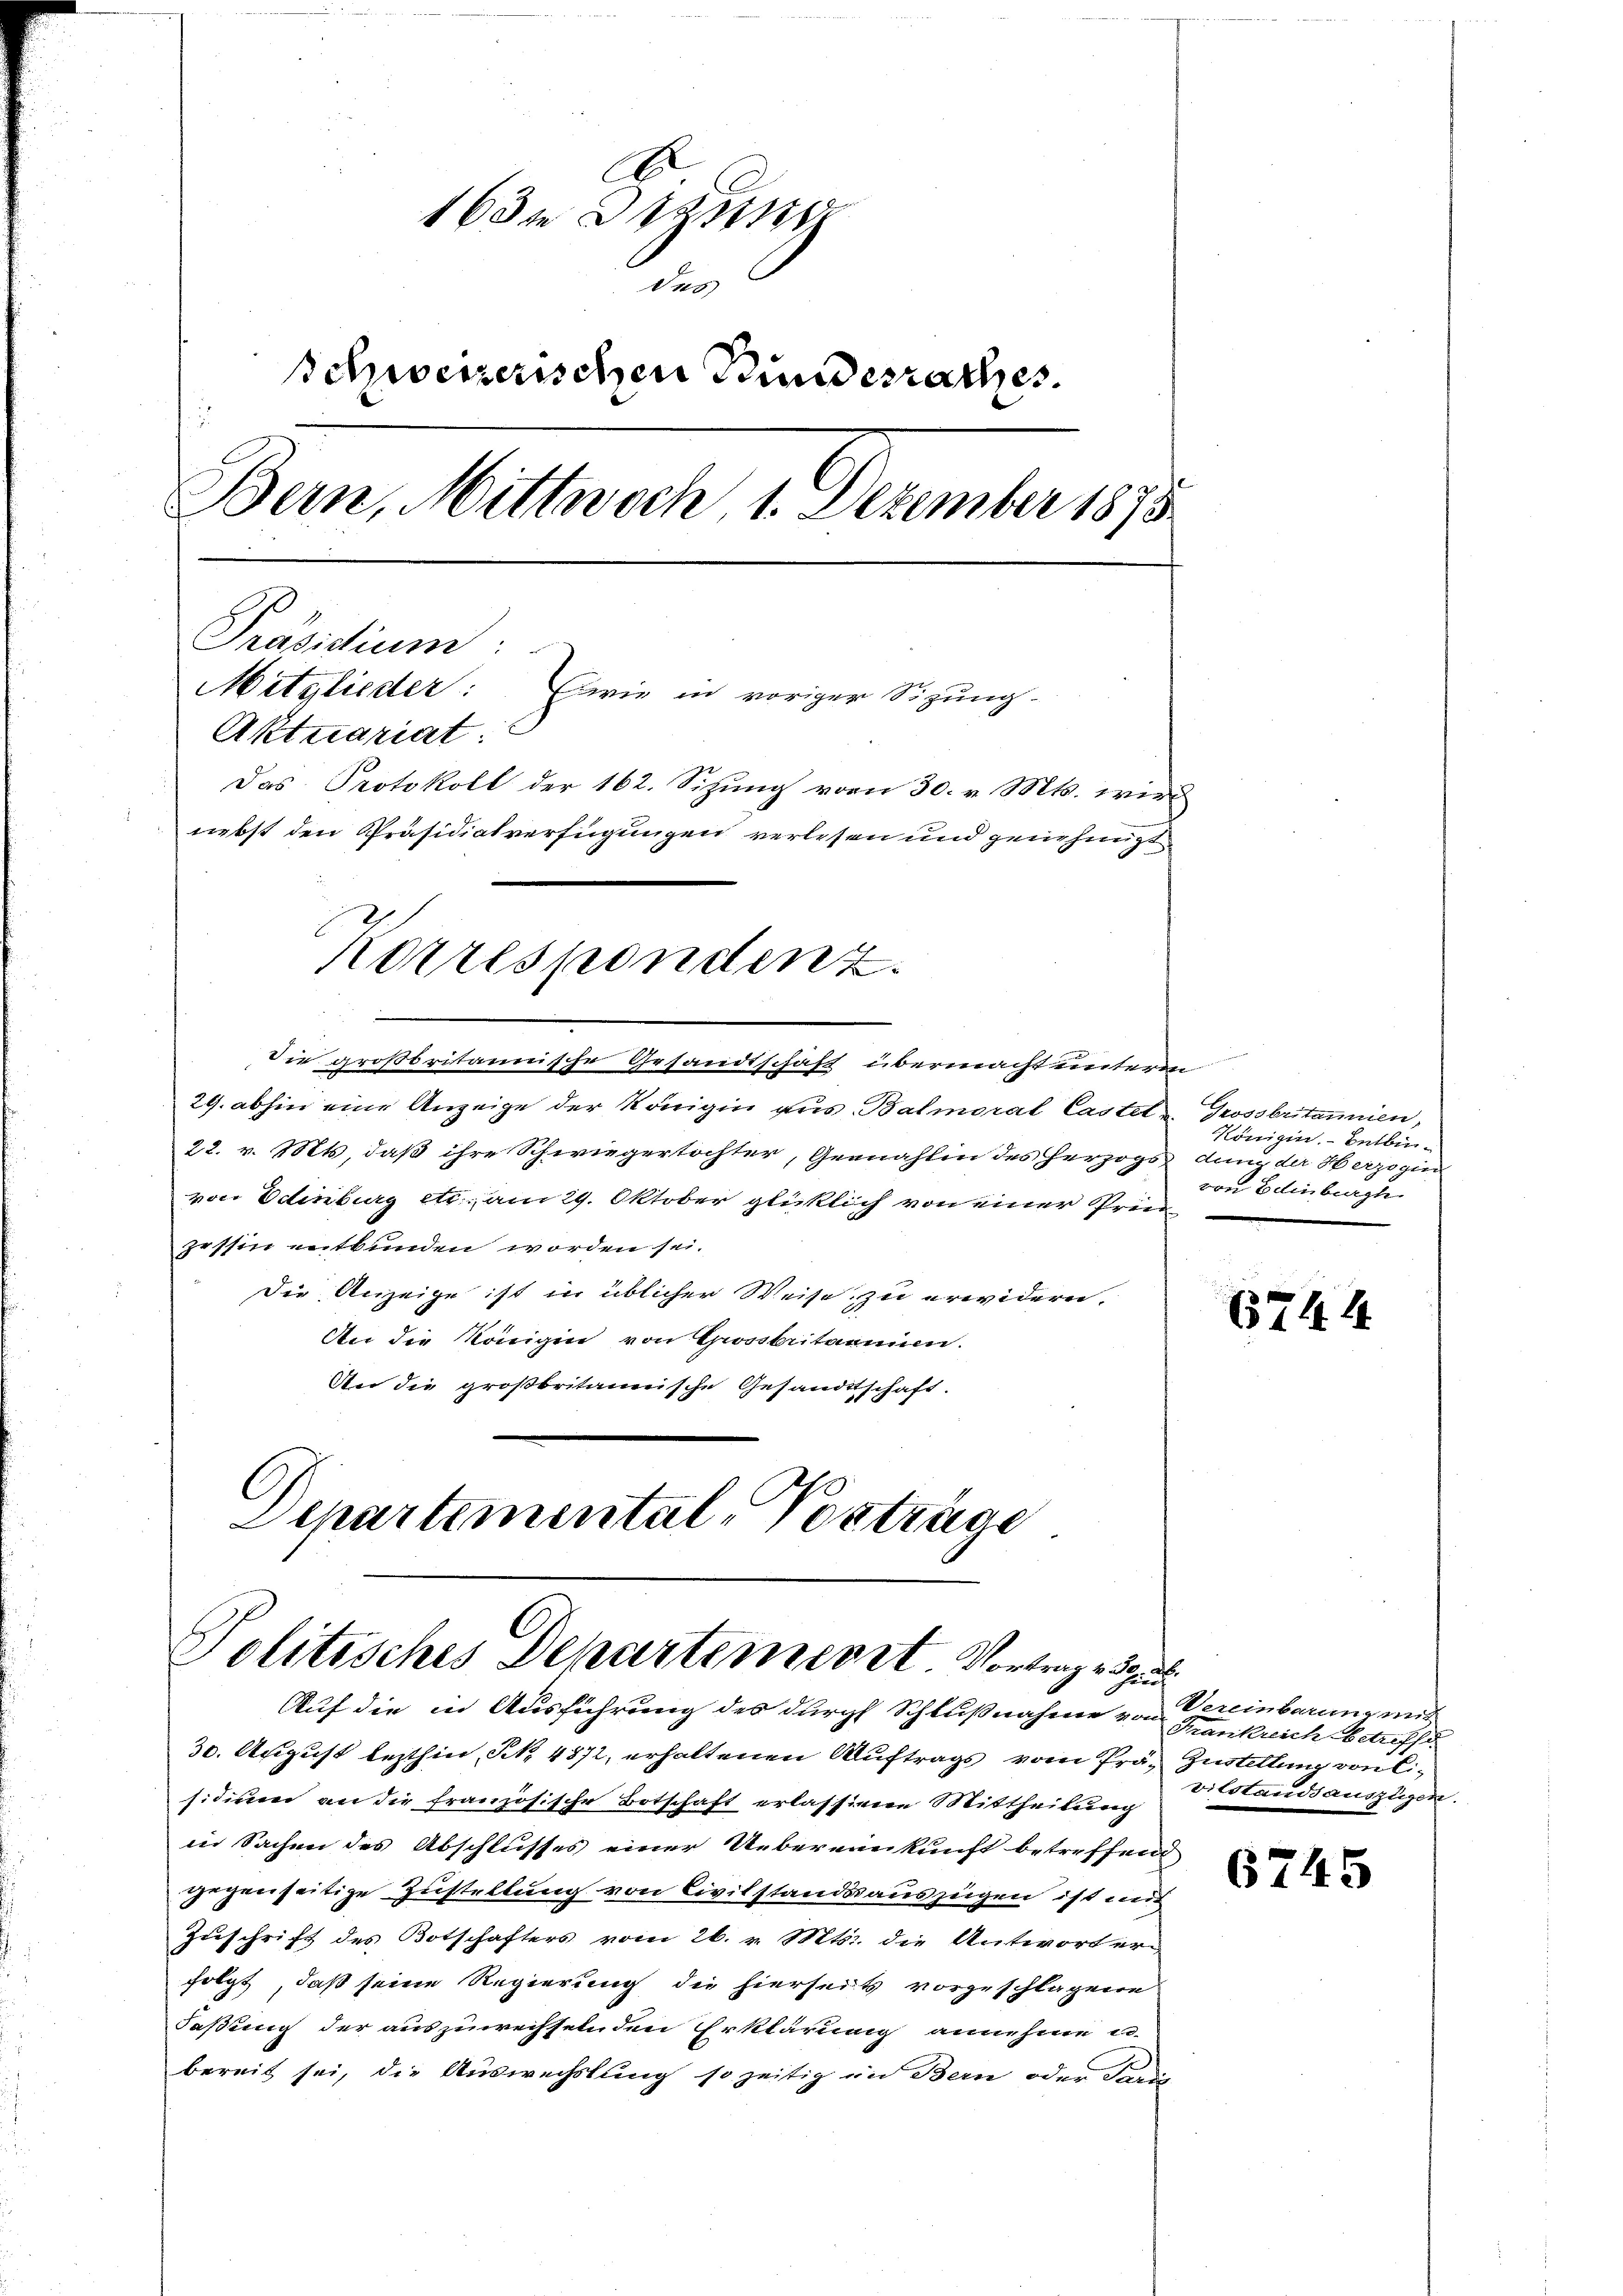
c
163 Bezug
No
Schweizerischen Bundesrathes.
Bern, Mittwoch 1. Dezember 1875
Präsidium:
Mitglieder: (wie in voriger Sizung.
Aktuariat.
Das Protokoll der 162. Sitzung vom 30. v. Mts. wird
nebst den Präsidialverfügungen verlesen und genehmigt

die großbritannische Gesandtschaft übermacht unterm
29. abhin eine Anzeige der Königin aus Balmoral Castet u. Grossbritannien,
22. v. Mts, daß ihre Schwiegertochter, Gemahlin des Herzogs
von Edinburg etc. am 29. Oktober glücklich von einer Prinzessin entbunden worden sei.
Die Anzeige ist in üblicher Weise zu erwidern.
An die Königen von Grosbritannie.
An die großbritannische Gesandtschaft.

Korrespondenz.

Departemental-Vorträge
Politisches Departemenst Vortrage Sprud

Auf die in Ausführung des durch Schlußnahme von Vereinbarung mit
30. August lezthin, S. 4872, erhaltenen Auftrags vom Prä- Zustellung von Cisidium an die französische Botschaft erlassigen Mittheilung
in Sachen des Abschlusses einer Uebereinkunft betreffend
gegenseitige Zustellung von Civilstandsauszügen ist mit
Zuschrift des Botschafters vom 26. v. Mts. die Antworter
folgt, daß seine Regierung die hierseits vorgeschlagene
Faßung der auszurechselnden Erklärung annehme e
bereit sei, die Auswechslung so zeitig im Bern oder Forde

Königin. - Entbindung der Herzogin
von Edinburgh

6744

Frankreich betreffe
vilstandsauszügen.

6745